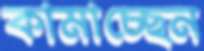
কামাচ্ছেন